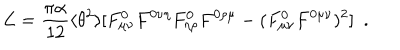
{ \cal L } = \frac { \pi \alpha } { 1 2 } \langle \theta ^ { 2 } \rangle [ F _ { \mu \nu } ^ { 0 } F ^ { 0 \nu \eta } F _ { \eta \rho } ^ { 0 } F ^ { 0 \rho \mu } - ( F _ { \mu \nu } ^ { 0 } F ^ { 0 \mu \nu } ) ^ { 2 } ] \, \, \, .